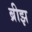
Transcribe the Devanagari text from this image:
ब्रीझ